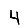
Digit: 4